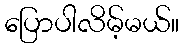
ပြောပါလိမ့်မယ်။